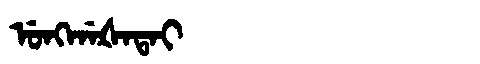
Manchu: ᡠᠩᡤᠠᡧᠠᡨᠠᡳ
Romanization: UNGGAŠATAI